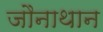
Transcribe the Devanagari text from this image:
जौनाथान